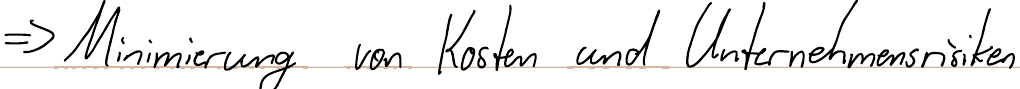
=> Minimierung von Kosten und Unternehmensrisiken